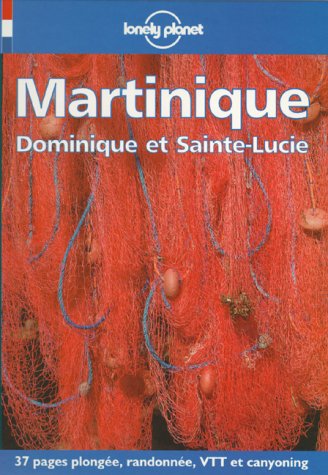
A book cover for Lonely Planet Martinique, Dominique Et Sainte-Lucie (Lonely Planet Travel Guides French Edition); Claude Albert; Travel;